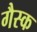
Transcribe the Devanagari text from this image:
गैस्क